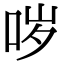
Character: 哕